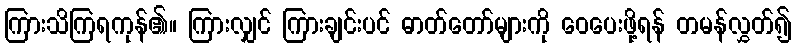
ကြားသိကြရကုန်၏။ ကြားလျှင် ကြားချင်းပင် ဓာတ်တော်များကို ဝေပေးဖို့ရန် တမန်လွှတ်၍